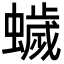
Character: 𮕃